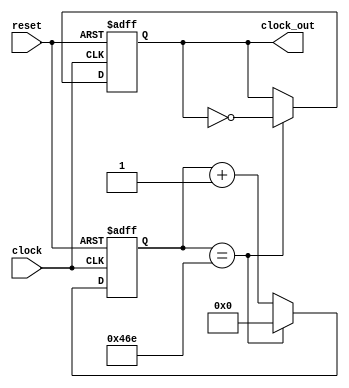
module Clock_Divider(input clock, input reset, output reg clock_out);

	//Lleva la cuenta de los ciclos de reloj transcurridos
   reg [25:0] counter;
		
	initial 
		begin
			counter <= 26'b0;
			clock_out <= 1'b1;
		end
			
	always @(posedge clock or posedge reset)
	begin
		if(reset)
			begin
				counter <= 26'b0;
				clock_out <= 1'b1;
			end
		else
			if(counter == 26'd1134) //va convertir un clk de 50MHz a 1Hz
				begin
					counter <= 26'b0;
					clock_out <= ~clock_out;
				end
			else
				begin
					counter <= counter+1;
				end
	end	
endmodule